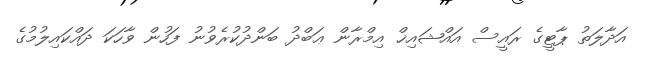
އަދާލަތު ޕާޓީގެ ރައީސް އައްޝައިޚް އިމްރާން ޢަބްދު ބަންދުކުރެވުނު ފަހުން ވާހަކަ ދައްކައިލުމުގެ